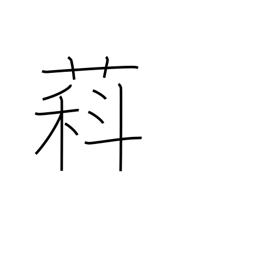
Meaning: type of wisteria